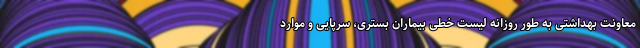
معاونت بهداشتی به ‌طور روزانه لیست خطی بیماران بستری، سرپایی و موارد